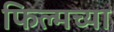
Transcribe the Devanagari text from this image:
फिल्मच्या